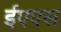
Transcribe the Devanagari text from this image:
ईएएस